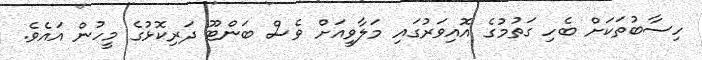
ހިސާބުތަކަށް ބެހި ގަތުމުގެ އޮއިވަރުގައި މަލާވީއަށް ވެސް ބަންޓޫ ދަރިކޮޅުގެ މީހުން އައެވެ.